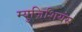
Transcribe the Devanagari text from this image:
म्युज़िशियंस